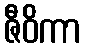
ဇီဝိကာ